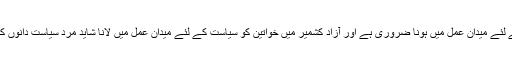
حالانکہ سیاسی تربیت کے لئے میدان عمل میں ہونا ضروری ہے اور آزاد کشمیر میں خواتین کو سیاست کے لئے میدان عمل میں لانا شاید مرد سیاست دانوں کے لئے قابل برداشت نہیں۔